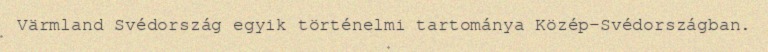
Värmland Svédország egyik történelmi tartománya Közép-Svédországban.